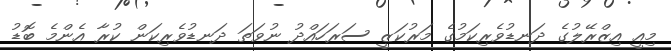
މިއީ އިޒްރޭލުގެ ދަނޑުވެރިކަމުގެ މަރުކަޒީ ސަރަހައްދު ނުވަތަ ދަނޑުވެރިކަން ކުރާ އެންމެ ބޮޑު